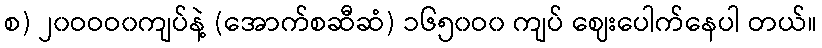
စ) ၂၀ဝဝဝ၀ကျပ်နဲ့ (အောက်စဆီဆံ) ၁၆၅၀ဝ၀ ကျပ် ဈေးပေါက်နေပါ တယ်။